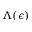
\Lambda ( \epsilon )